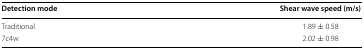
| Detection mode | Shear wave speed (m/s) |
 | --- | --- |
 | Traditional | 1.89 ± 0.58 |
 | 7c4w | 2.02 ± 0.98 |